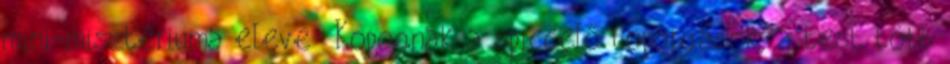
mini-misztériuma eleve- Kopognak a spiccelő toporgások, a test több